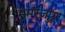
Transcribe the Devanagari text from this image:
मुमरेजपुर